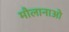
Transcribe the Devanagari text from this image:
मौलानाओ